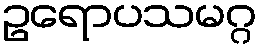
ဥရောပသမဂ္ဂ